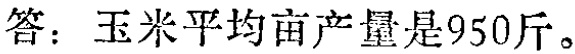
答：玉米平均亩产量是950斤。